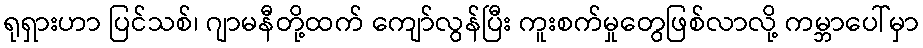
ရုရှားဟာ ပြင်သစ်၊ ဂျာမနီတို့ထက် ကျော်လွန်ပြီး ကူးစက်မှုတွေဖြစ်လာလို့ ကမ္ဘာပေါ်မှာ